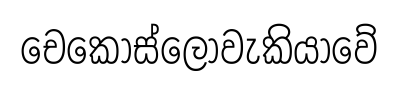
චෙකොස්ලොවැකියාවේ